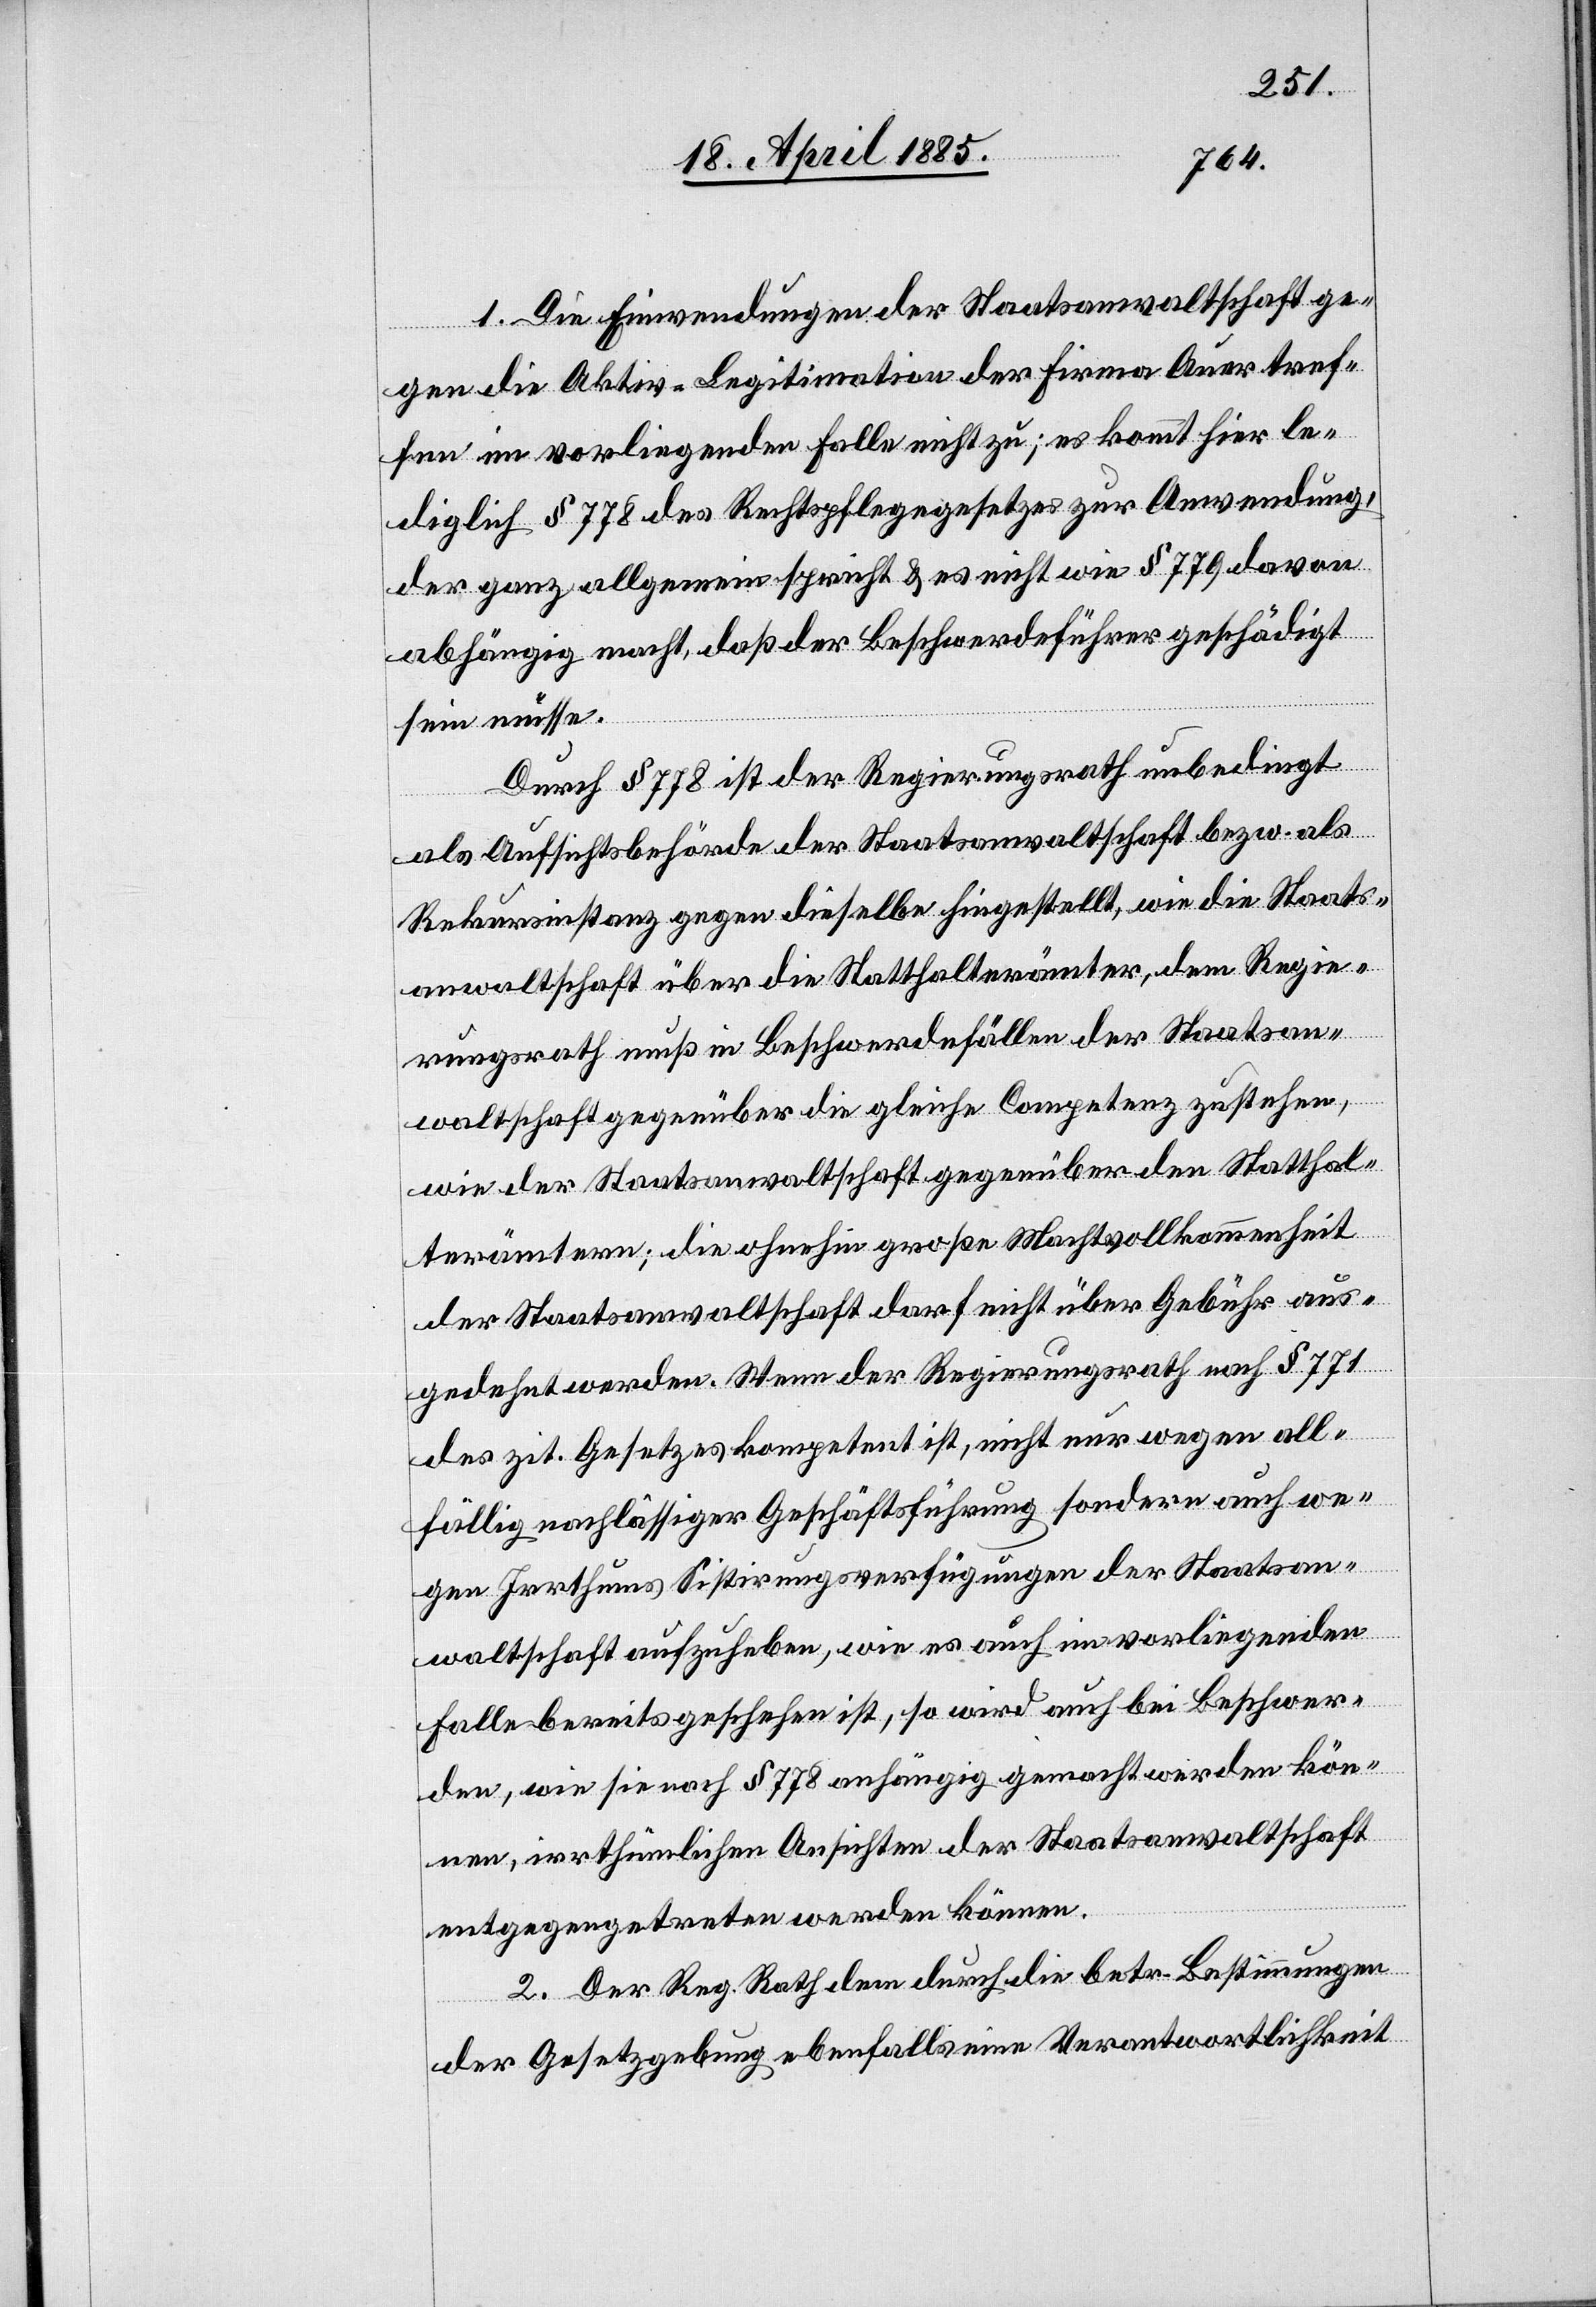
1. Die Einwendungen der Staatsanwaltschaft ge¬
gen die Aktiv-Legitimation der Firma Auer tref¬
fen im vorliegenden Falle nicht zu; es kommt hier le¬
diglich § 778 des Rechtspflegegesetzes zur Anwendung,
der ganz allgemein spricht & es nicht wie § 779 davon
abhängig macht, daß der Beschwerdeführer geschädigt
sein müsse.
Durch § 778 ist der Regierungsrath unbedingt
als Aufsichtsbehörde der Staatsanwaltschaft bezw. als
Rekursinstanz gegen dieselbe hingestellt, wie die Staats¬
anwaltschaft über die Statthalterämter, dem Regie¬
rungsrath muß in Beschwerdefällen der Staatsan¬
waltschaft gegenüber die gleiche Competenz zustehen,
wie der Staatsanwaltschaft gegenüber den Statthal¬
terämtern; die ohnehin große Machtvollkommenheit
der Staatsanwaltschaft darf nicht über Gebühr aus¬
gedehnt werden. Wenn der Regierungsrath nach § 771
des zit. Gesetzes kompetent ist, nicht nur wegen all¬
fällig nachlässiger Geschäftsführung sondern auch we¬
gen Irrthums Sistirungsverfügungen der Staatsan¬
waltschaft aufzuheben, wie es auch im vorliegenden
Falle bereits geschehen ist, so wird auch bei Beschwer¬
den, wie sie nach § 778 anhängig gemacht werden kön¬
nen, irrthümlichen Ansichten der Staatsanwaltschaft
entgegengetreten werden können.
2. Der Reg. Rath dem durch die betr. Bestimmungen
der Gesetzgebung ebenfalls eine Verantwortlichkeit